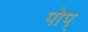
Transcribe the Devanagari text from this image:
पोप्